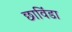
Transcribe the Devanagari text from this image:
छाविंडा